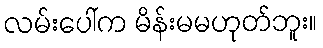
လမ်းပေါ်က မိန်းမမဟုတ်ဘူး။